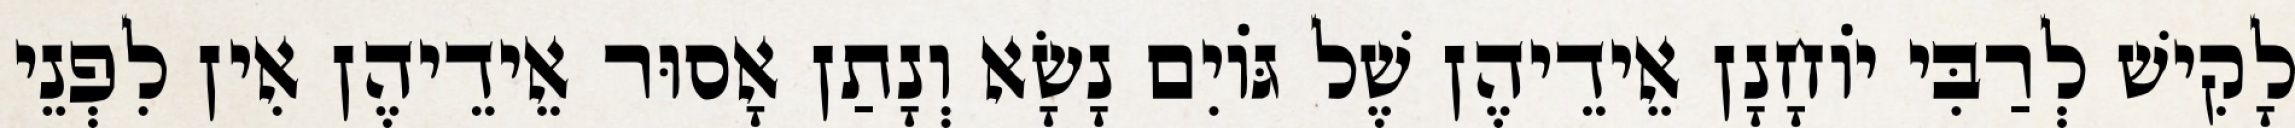
לָקִישׁ לְרַבִּי יוֹחָנָן אֵידֵיהֶן שֶׁל גּוֹיִם נָשָׂא וְנָתַן אָסוּר אֵידֵיהֶן אִין לִפְנֵי